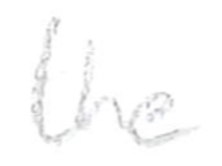
Text: the
Cross-out: clean
Writing tool: pencil